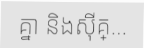
គ្នា និងស៊ីគ្...